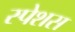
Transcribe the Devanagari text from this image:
स्पेशस